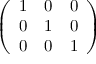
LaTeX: \left( \begin{array} { l l l } { 1 } & { 0 } & { 0 } \\ { 0 } & { 1 } & { 0 } \\ { 0 } & { 0 } & { 1 } \end{array} \right)